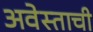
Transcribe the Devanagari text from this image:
अवेस्ताची